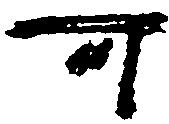
可